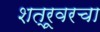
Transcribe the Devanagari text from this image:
शत्रूवरचा